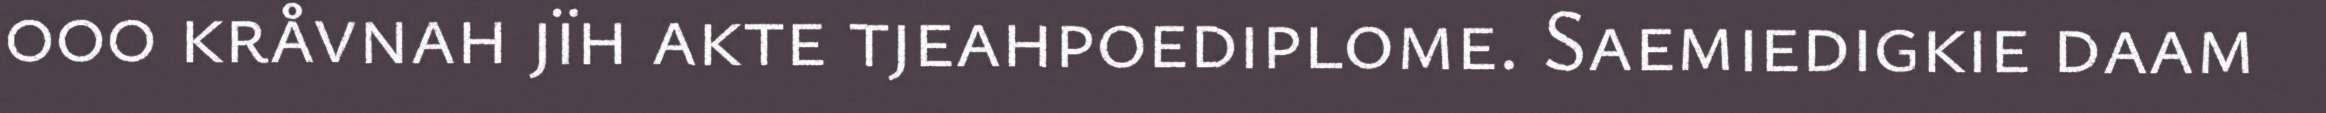
000 kråvnah jïh akte tjeahpoediplome. Saemiedigkie daam